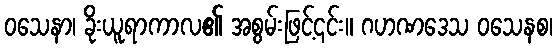
ဝသေနာ၊ ခိုးယူရာကာလ၏ အစွမ်းဖြင့်၎င်း။ ဂဟဏဒေသ ဝသေနစ၊